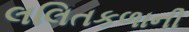
લલિતકળાની